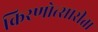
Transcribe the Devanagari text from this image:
किरणोत्सारीता